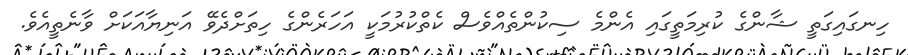
ހިނގައިގަތީ ޝާންގެ ކުރިމަތީގައި އެންމެ ސިކުންތެއްވެސް ކެތްކުރުމަކީ އަހަރެންގެ ހިތަށްދެވޭ އަނިޔާއަކަށް ވާނެތީއެވެ.